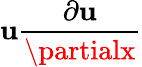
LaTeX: \mathbf{u}\frac{{\partial\mathbf{u}}}{{\partialx}}